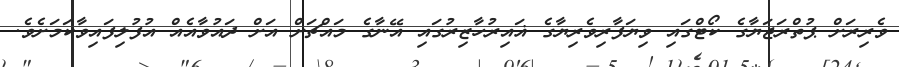
ވެރިރަށް ޕުތްރަޖަޔާގެ ކޯޓްގައި ވިޔަފާރިވެރިޔާގެ ޣައިރުހާޒިރުގައި އޭނާގެ މައްޗަށް އަށް ދައުވާއެއް އުފުލިފައިވާކަމަށެވެ.